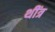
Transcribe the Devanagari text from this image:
थींत्र